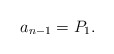
\begin{align*} a_{n-1}=P_1.\end{align*}